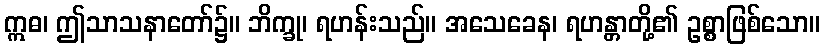
ဣဓ၊ ဤသာသနာတော်၌။ ဘိက္ခု၊ ရဟန်းသည်။ အသေခေန၊ ရဟန္တာတို့၏ ဥစ္စာဖြစ်သော။